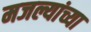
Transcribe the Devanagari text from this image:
मजल्यांच्या